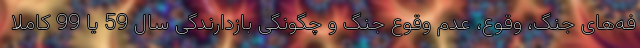
فه‌های جنگ، وقوع، عدم وقوع جنگ و چگونگی بازدارندگی سال 59 یا 99 کاملا